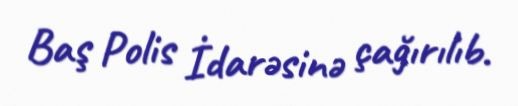
Baş Polis İdarəsinə çağırılıb.